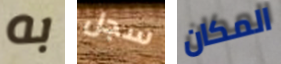
به سجل المكان